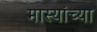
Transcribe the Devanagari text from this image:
मास्यांच्या